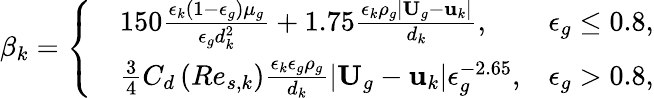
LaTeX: \beta_{k}=\left\{ \begin{array}{rlr}&{150\frac{\epsilon_{k}\left(1-\epsilon_{g}\right)\mu_{g}}{\epsilon_{g}d_{k}^{2}}+1.75\frac{\epsilon_{k}\rho_{g}|\textbf{U}_{g}-\textbf{u}_{k}|}{d_{k}},}&{\epsilon_{g}\le 0.8,}\\ &{\frac{3}{4}C_{d}\left(Re_{s,k}\right)\frac{\epsilon_{k}\epsilon_{g}\rho_{g}}{d_{k}}|\textbf{U}_{g}-\textbf{u}_{k}|\epsilon_{g}^{-2.65},}&{\epsilon_{g}>0.8,}\end{array}\right.